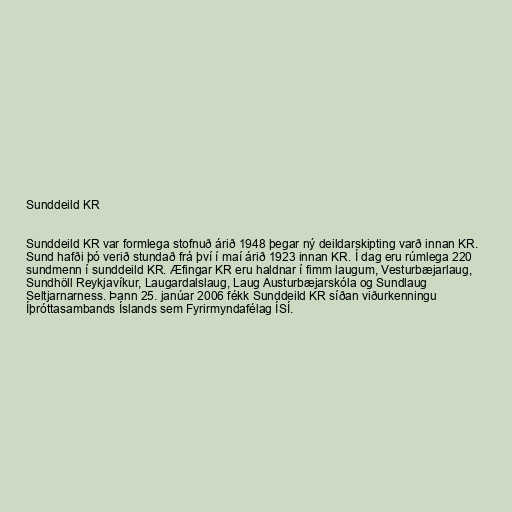
Sunddeild KR

Sunddeild KR var formlega stofnuð árið 1948 þegar ný deildarskipting varð innan KR.
Sund hafði þó verið stundað frá því í maí árið 1923 innan KR. Í dag eru rúmlega 220
sundmenn í sunddeild KR. Æfingar KR eru haldnar í fimm laugum, Vesturbæjarlaug,
Sundhöll Reykjavíkur, Laugardalslaug, Laug Austurbæjarskóla og Sundlaug
Seltjarnarness. Þann 25. janúar 2006 fékk Sunddeild KR síðan viðurkenningu
Íþróttasambands Íslands sem Fyrirmyndafélag ÍSÍ.